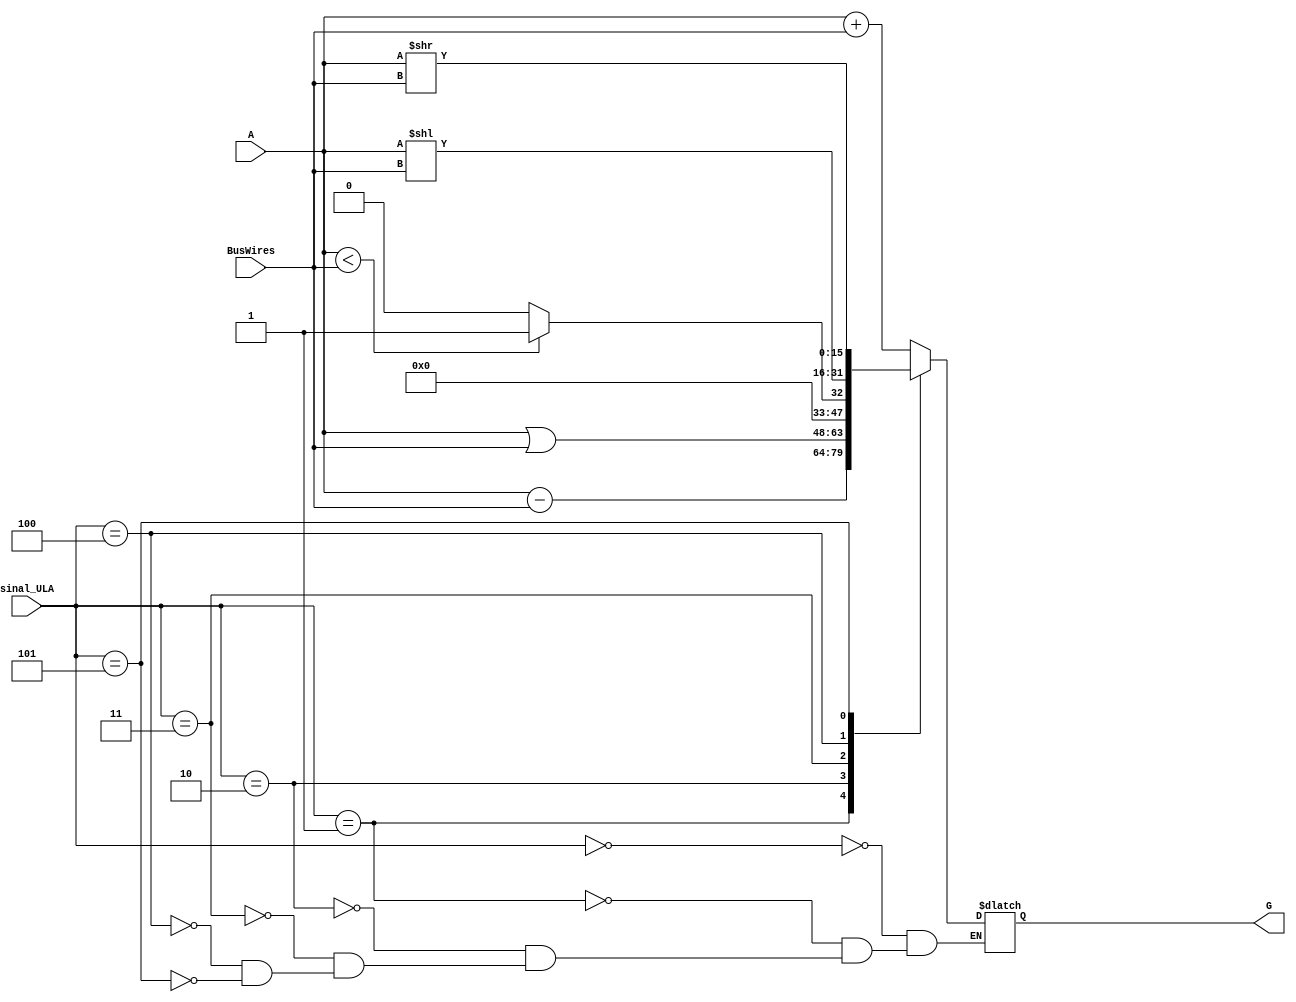
module ULA(sinal_ULA, A,  BusWires, G);
	input [2:0] sinal_ULA;
	input [15:0] A, BusWires;
	output reg [15:0] G;
	
	/*
	000 = add
	001 = sub
	010 = or
	011 = slt
	100 = sll
	101 = srl	
	*/
	
	always@(*)begin
		case(sinal_ULA)
		3'b000: G = A + BusWires; 
		3'b001: G = A - BusWires; 
		3'b010: G = A | BusWires; 
		3'b011: begin 
					if(A < BusWires) 
							G = 16'b1;
					else
							G = 16'b0;
				  end
		3'b100: G = A << BusWires;
		3'b101: G = A >> BusWires;
			endcase
	end
	
endmodule